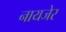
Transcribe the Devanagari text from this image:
नायजेर